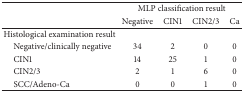
<table><thead><tr><td><b> </b></td><td colspan="4"><b>MLP classification result</b></td></tr><tr><td><b> </b></td><td><b>Negative</b></td><td><b>CIN1</b></td><td><b>CIN2/3</b></td><td><b>Ca</b></td></tr></thead><tbody><tr><td>Histological examination result</td><td> </td><td> </td><td> </td><td> </td></tr><tr><td> Negative/clinically negative</td><td>34</td><td>2</td><td>0</td><td>0</td></tr><tr><td> CIN1</td><td>14</td><td>25</td><td>1</td><td>0</td></tr><tr><td> CIN2/3</td><td>2</td><td>1</td><td>6</td><td>0</td></tr><tr><td> SCC/Adeno-Ca</td><td>0</td><td>0</td><td>1</td><td>0</td></tr></tbody></table>